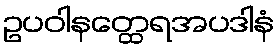
ဥပဝါနတ္ထေရအပဒါနံ